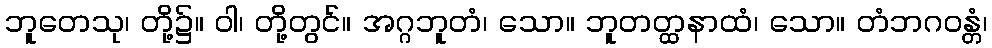
ဘူတေသု၊ တို့၌။ ဝါ၊ တို့တွင်။ အဂ္ဂဘူတံ၊ သော။ ဘူတတ္ထနာထံ၊ သော။ တံဘဂဝန္တံ၊